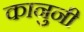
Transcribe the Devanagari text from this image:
कानुनी